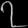
Digit: ၇